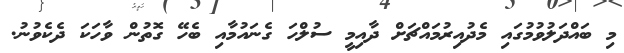
މި ބައްދަލުވުމުގައި މެެދުއިރުމައްޗަށް ދާއިމީ ސުލްހަ ގެނައުމާއި ބެހޭ ގޮތުން ވާހަކަ ދެކެވުނު.